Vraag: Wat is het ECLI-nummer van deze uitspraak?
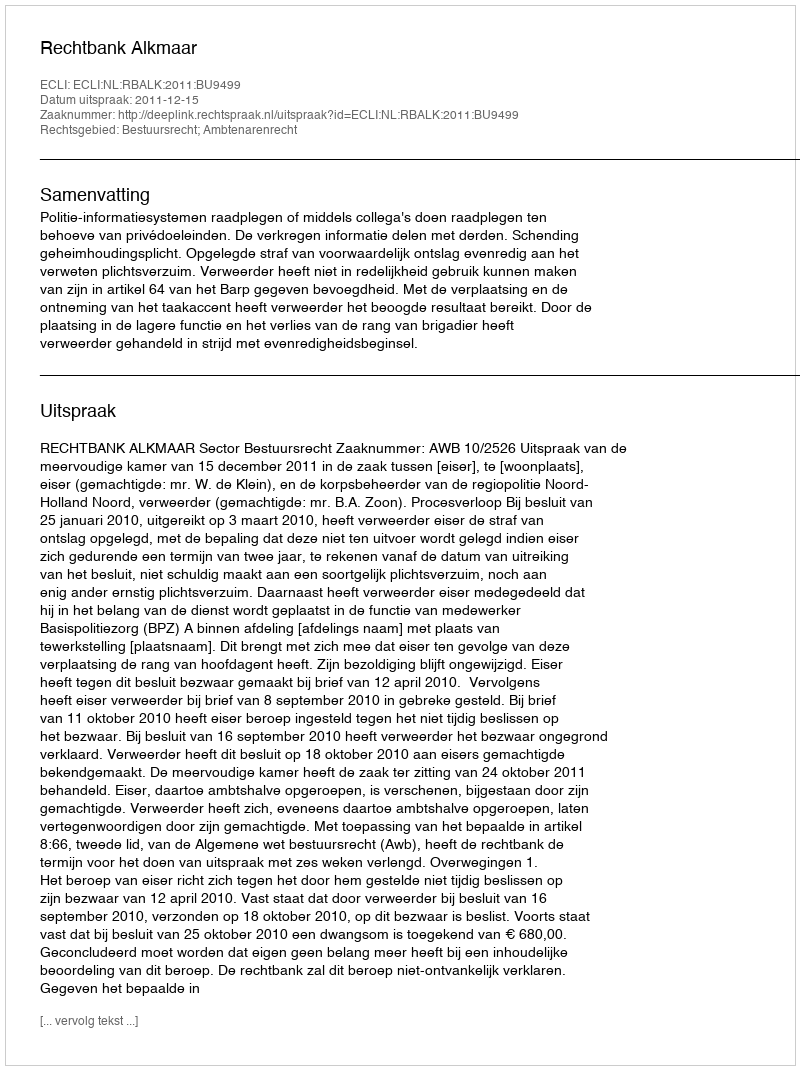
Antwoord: ECLI:NL:RBALK:2011:BU9499